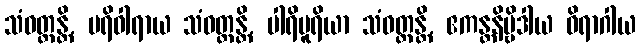
သံဝတ္တန္တိ, ပရိဝါရာယ သံဝတ္တန္တိ, ပါရိပူရိယာ သံဝတ္တန္တိ, ဧကန္တနိဗ္ဗိဒါယ ဝိရာဂါယ